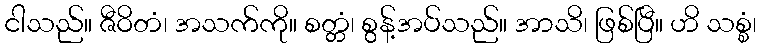
ငါသည်။ ဇီဝိတံ၊ အသက်ကို။ စတ္တံ၊ စွန့်အပ်သည်။ အာသိ၊ ဖြစ်ပြီ။ ဟိ သစ္စံ၊